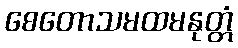
စေတောသမထမနုတ္တံ